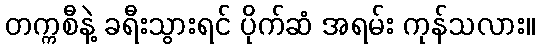
တက္ကစီနဲ့ ခရီးသွားရင် ပိုက်ဆံ အရမ်း ကုန်သလား။